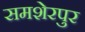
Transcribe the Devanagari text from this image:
समशेरपुर